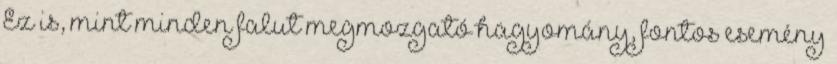
Ez is, mint minden falut megmozgató hagyomány, fontos esemény